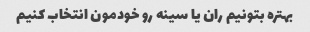
بهتره بتونیم ران یا سینه رو خودمون انتخاب کنیم